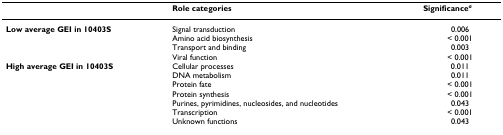
<table><thead><tr><td></td><td><b>Role categories</b></td><td><b>Significance<sup><i>a</i></sup></b></td></tr></thead><tbody><tr><td><b>Low average GEI in 10403S</b></td><td>Signal transduction</td><td>0.006</td></tr><tr><td></td><td>Amino acid biosynthesis</td><td>&lt; 0.001</td></tr><tr><td></td><td>Transport and binding</td><td>0.003</td></tr><tr><td></td><td>Viral function</td><td>&lt; 0.001</td></tr><tr><td><b>High average GEI in 10403S</b></td><td>Cellular processes</td><td>0.011</td></tr><tr><td></td><td>DNA metabolism</td><td>0.011</td></tr><tr><td></td><td>Protein fate</td><td>&lt; 0.001</td></tr><tr><td></td><td>Protein synthesis</td><td>&lt; 0.001</td></tr><tr><td></td><td>Purines, pyrimidines, nucleosides, and nucleotides</td><td>0.043</td></tr><tr><td></td><td>Transcription</td><td>&lt; 0.001</td></tr><tr><td></td><td>Unknown functions</td><td>0.043</td></tr></tbody></table>